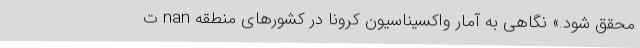
محقق شود.» نگاهی به آمار واکسیناسیون کرونا در کشورهای منطقه nan ت